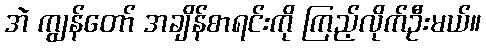
အဲ ကျွန်တော် အချိန်စာရင်းကို ကြည့်လိုက်ဦးမယ်။